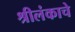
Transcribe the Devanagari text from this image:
श्रीलंकाचे